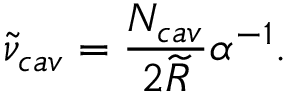
\widetilde { \nu } _ { c a v } = \frac { N _ { c a v } } { 2 \widetilde { R } } \alpha ^ { - 1 } .